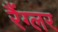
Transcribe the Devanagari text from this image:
रैंग्लर